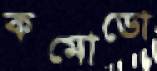
কমোডো